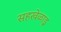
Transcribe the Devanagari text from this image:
सहखेळाडू